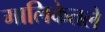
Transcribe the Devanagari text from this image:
मालिकेतले